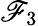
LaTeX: \mathscr{F}_{3}